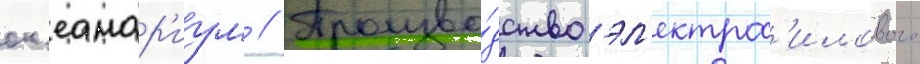
ок'еанар'иум // Произво́дство эл'ектрос'илового